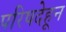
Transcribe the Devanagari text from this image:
परिषदेहून